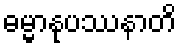
ဓမ္မာနုပဿနာတိ